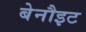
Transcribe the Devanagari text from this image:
बेनौइट